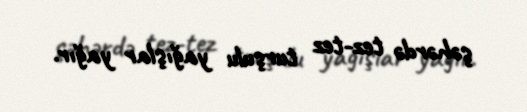
şəhərdə tez-tez turşulu yağışlar yağır.